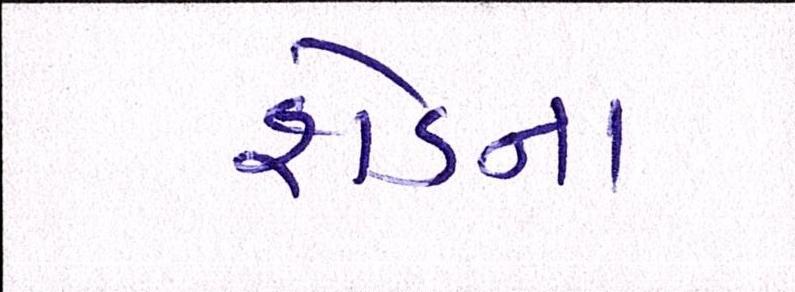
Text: શેડના